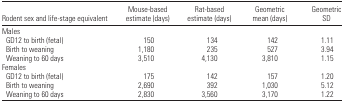
<table><thead><tr><td><b>Rodent sex and life-stage equivalent</b></td><td><b>Mouse-based estimate (days)</b></td><td><b>Rat-based estimate (days)</b></td><td><b>Geometric mean (days)</b></td><td><b>Geometric SD</b></td></tr></thead><tbody><tr><td colspan="5">Males</td></tr><tr><td> GD12 to birth (fetal)</td><td>150</td><td>134</td><td>142</td><td>1.11</td></tr><tr><td> Birth to weaning</td><td>1,180</td><td>235</td><td>527</td><td>3.94</td></tr><tr><td> Weaning to 60 days</td><td>3,510</td><td>4,130</td><td>3,810</td><td>1.15</td></tr><tr><td colspan="5">Females</td></tr><tr><td> GD12 to birth (fetal)</td><td>175</td><td>142</td><td>157</td><td>1.20</td></tr><tr><td> Birth to weaning</td><td>2,690</td><td>392</td><td>1,030</td><td>5.12</td></tr><tr><td> Weaning to 60 days</td><td>2,830</td><td>3,560</td><td>3,170</td><td>1.22</td></tr></tbody></table>